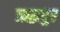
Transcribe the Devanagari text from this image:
ऋद्धपुर